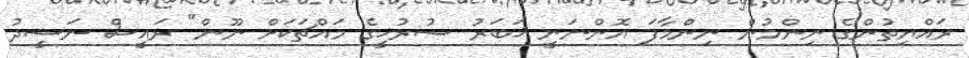
ރައްޔިތުންގެ ނިންމުން ނިންމާފަ އޮންނަނީ ޚަބަރު ސުރުޚީގެ މައްޗަކަށް ނޫން" ރައީސް ނަޝީދު